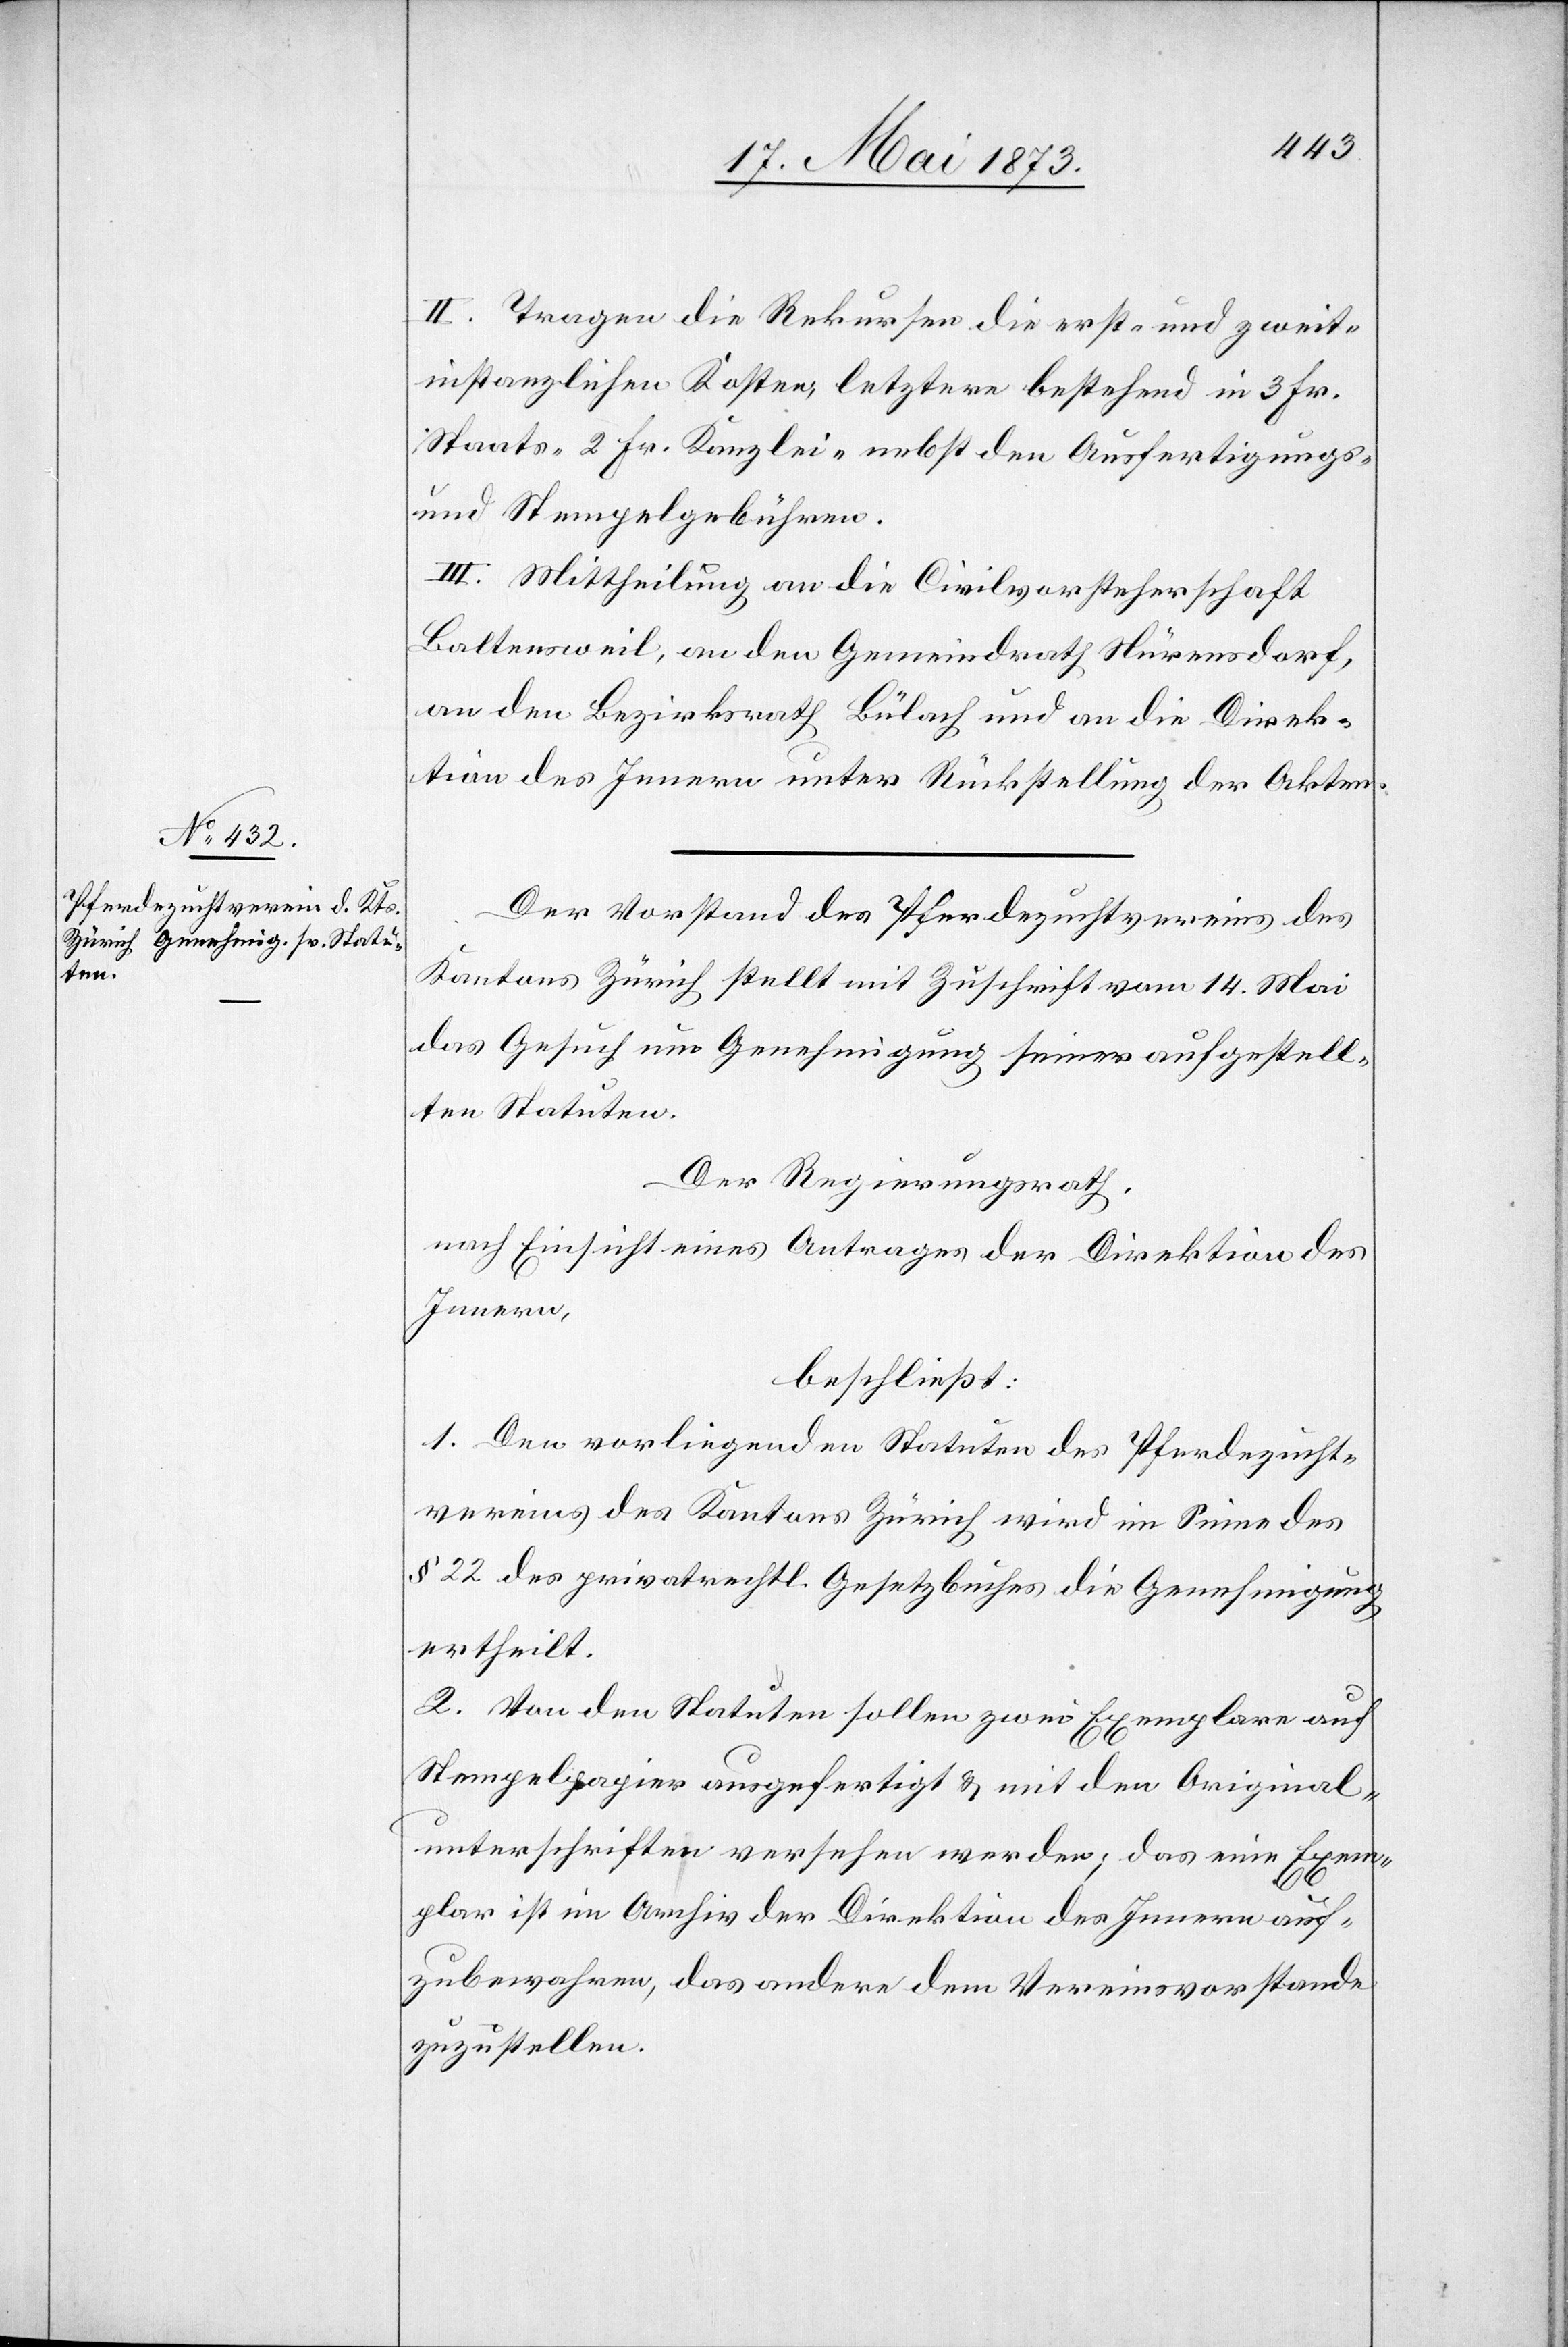
II. Tragen die Rekursen die erst- und zweit¬
instanzlichen Kosten, letztere bestehend in 3 Fr.
Staats- 2 Fr. Kanzlei- nebst den Ausfertigungs-
und Stempelgebühren.
III. Mittheilung an die Civilvorsteherschaft
Baltensweil, an den Gemeindrath Nürensdorf,
an den Bezirksrath Bülach und an die Direk¬
tion des Innern unter Rückstellung der Akten.
Der Vorstand des Pferdezuchtvereins des
Kantons Zürich stellt mit Zuschrift vom 14. Mai
das Gesuch um Genehmigung seiner aufgestell¬
ten Statuten.
Der Regierungsrath,
nach Einsicht eines Antrages der Direktion des
Innern,
beschließt:
1. Den vorliegenden Statuten des Pferdezucht¬
vereins des Kantons Zürich wird im Sinne des
§ 22 des privatrechtl. Gesetzbuches die Genehmigung
ertheilt.
2. Von den Statuten sollen zwei Exemplare auf
Stempelpapier ausgefertigt & mit den Original¬
unterschriften versehen werden; das eine Exem¬
plar ist im Archiv der Direktion des Innern auf¬
zubewahren, das andere dem Vereinsvorstande
zuzustellen.